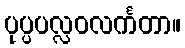
ပုပ္ပပလ္လဝလင်္ကတာ။